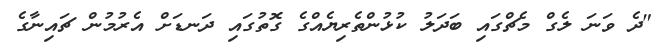
"ދެ ވަނަ ލެގް މެޗްގައި ބަދަލު ކުޅުންތެރިޔެއްގެ ގޮތުގައި ދަނޑަށް އެރުމުން ޗައިނާގެ